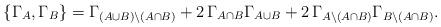
LaTeX: \begin{align*}\{\Gamma_{A},\Gamma_{B}\}=\Gamma_{(A\cup B)\setminus (A\cap B)}+2\,\Gamma_{A\cap B}\Gamma_{A\cup B}+2\,\Gamma_{A\setminus (A\cap B)}\Gamma_{B\setminus(A\cap B)}.\end{align*}